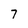
Character: 7